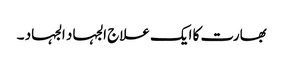
بھارت کا ایک علاج الجہاد الجہاد ۔